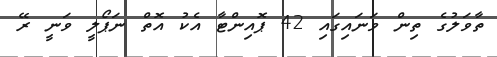
ތާވަލުގެ ތިން ވަނައިގައި 42 ޕޮއިންޓާ އެކު އޮތް ނަޕޯލީ ވަނީ ރޭ